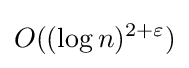
O((\log n)^{2+\varepsilon })